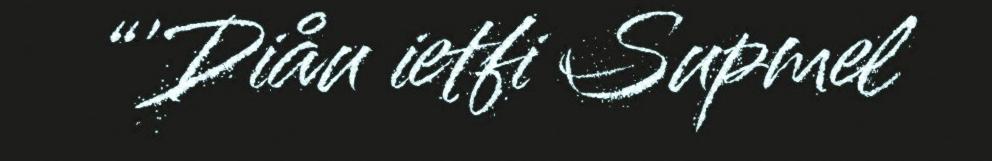
“'Diåu ietfi Supmel